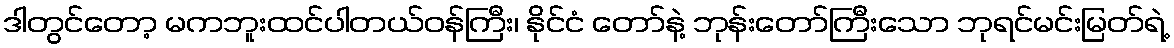
ဒါတွင်တော့ မကဘူးထင်ပါတယ်ဝန်ကြီး၊ နိုင်ငံ တော်နဲ့ ဘုန်းတော်ကြီးသော ဘုရင်မင်းမြတ်ရဲ့